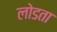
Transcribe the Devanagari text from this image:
लोडता